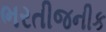
ભરતીજનીક